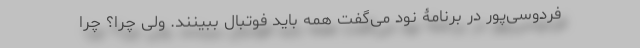
فردوسی‌پور در برنامۀ نود می‌گفت همه باید فوتبال ببینند. ولی چرا؟ چرا